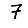
Digit: 7